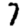
Digit: 7